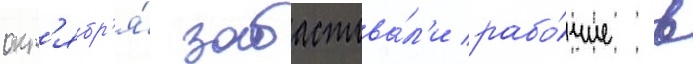
окт'ябр'я́ забастова́л'и рабо́чие в